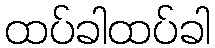
ထပ်ခါထပ်ခါ